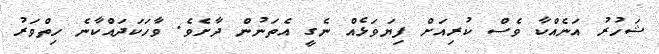
ޝަހުރު އަނެއްކާ ވެސް ކުރިއަށް ފިޔަވަޅެއް ނެގީ އެތަނުން ދާށެވެ. ވާހަކަދައްކާނެ ހިތްވަރު